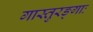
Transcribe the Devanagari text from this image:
गास्तुरङ्गाः